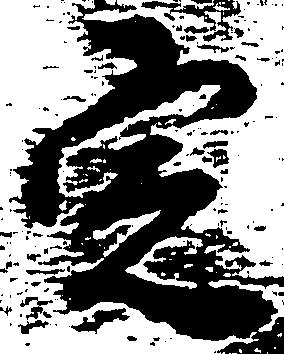
定